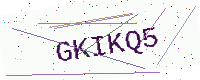
Text: GKIKQ5